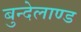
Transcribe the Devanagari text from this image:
बुन्देलाण्ड